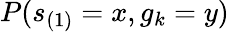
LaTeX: P(s_{(1)}=x,g_{k}=y)